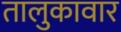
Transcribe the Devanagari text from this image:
तालुकावार